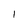
Character: 1